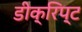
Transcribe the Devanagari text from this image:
डीक्रिप्ट